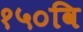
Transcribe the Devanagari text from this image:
१५०वि